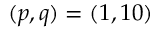
( p , q ) = ( 1 , 1 0 )